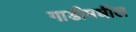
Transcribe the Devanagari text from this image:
गाडीमधील